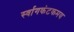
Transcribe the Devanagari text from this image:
र्स्वागकंटकमय